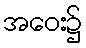
အဝေး၌